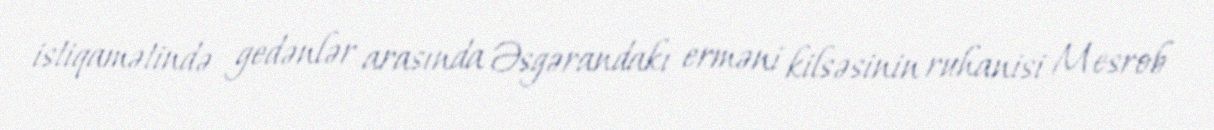
istiqamətində gedənlər arasında Əsgərandakı erməni kilsəsinin ruhanisi Mesrob